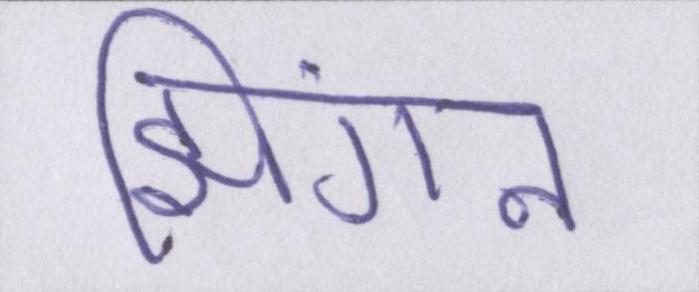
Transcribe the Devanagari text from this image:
झिंगन